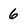
Character: 6